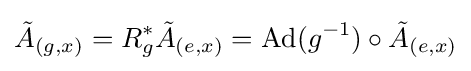
{\tilde {A}}_{(g,x)}=R_{g}^{*}{\tilde {A}}_{(e,x)}={\text{Ad}}(g^{-1})\circ {\tilde {A}}_{(e,x)}